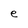
Character: e